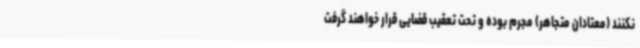
نکنند (معتادان متجاهر) مجرم بوده و تحت تعقیب قضایی قرار خواهند گرفت